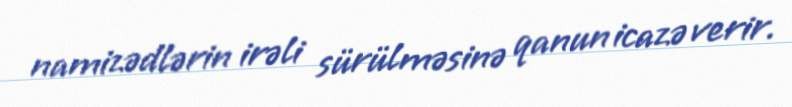
namizədlərin irəli sürülməsinə qanun icazə verir.